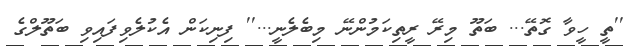
''ތީ ހީވާ ގޮތޭ... ބަތޫ މިރޭ ރީތިކަމުންނޭ މިބެލެނީ...'' ފިނިކަން އެކުލެވިފައިވި ބަތޫލްގެ